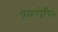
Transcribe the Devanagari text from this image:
पुनरोक्ति